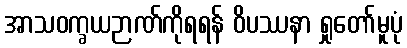
အာသဝက္ခယဉာဏ်ကိုရရန် ဝိပဿနာ ရှုတော်မူပုံ